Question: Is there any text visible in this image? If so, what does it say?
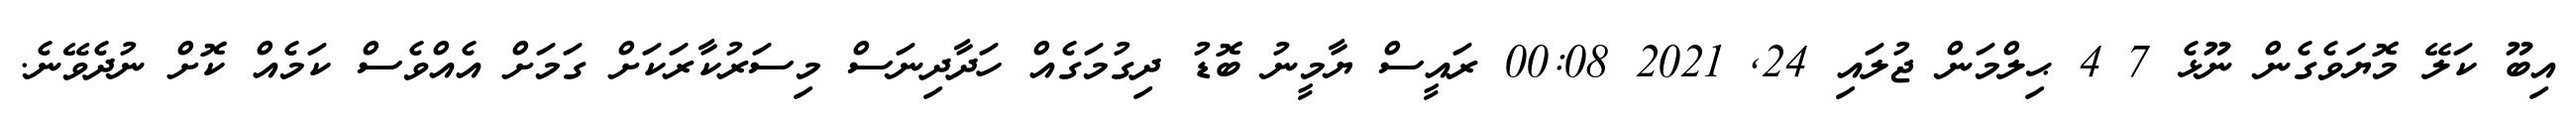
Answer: އިބޫ ކަލޭ މޮޔަވެގެން ނޫޅެ 7 4 ޙިލްމަން ޖުލައި 24, 2021 00:08 ރައީސް ޔާމީނު ބޮޑު ދިގުމަގެއް ހަދާދިނަސް މިސަރުކާރަކަށް ގަމަށް އެއްވެސް ކަމެއް ކޮށް ނުދެވޭނެ.